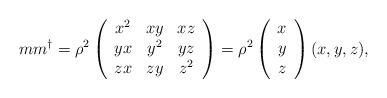
LaTeX: \begin{align*}m m^{\dagger} = \rho^2 \left( \begin{array}{ccc} x^2 & xy & xz \\ yx & y^2 & yz \\ zx & zy & z^2 \end{array} \right) = \rho^2 \left( \begin{array}{c} x \\ y \\ z \end{array} \right) (x, y, z),\end{align*}